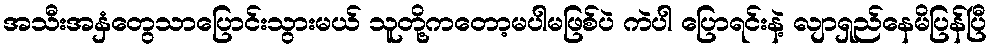
အသီးအနှံတွေသာပြောင်းသွားမယ် သူတို့ကတော့မပါမဖြစ်ပဲ ကဲပါ ပြောရင်းနဲ့ လျာရှည်နေမိပြန်ပြီ